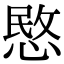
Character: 愍